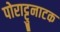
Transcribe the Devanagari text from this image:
पोराट्टुनाटक